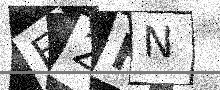
Text: E2FN